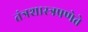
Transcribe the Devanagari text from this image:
तंत्रशास्त्रप्रणेते